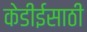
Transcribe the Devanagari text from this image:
केडीईसाठी